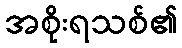
အစိုးရသစ်၏